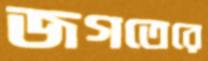
জগতেরে